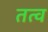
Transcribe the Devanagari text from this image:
तत्व